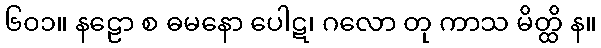
၆၀၁။ နဠော စ ဓမနော ပေါဋ၊ ဂလော တု ကာသ မိတ္ထိ န။